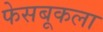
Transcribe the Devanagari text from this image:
फेसबूकला